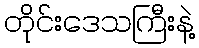
တိုင်းဒေသကြီးနဲ့